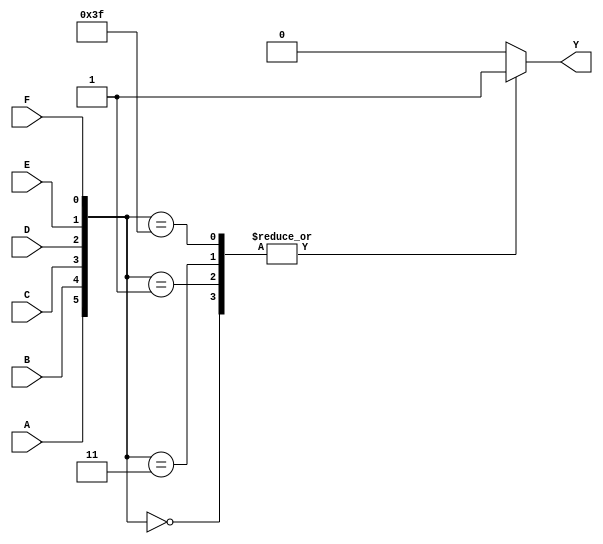
module kmap_6_variable (
    input wire A,      // Input variable A
    input wire B,      // Input variable B
    input wire C,      // Input variable C
    input wire D,      // Input variable D
    input wire E,      // Input variable E
    input wire F,      // Input variable F
    output reg Y       // Output for the simplified function
);

// Internal signal to determine which cell in the K-map is being accessed
reg [5:0] idx;

always @(*) begin
    // Calculate the index by concatenating the input variables
    idx = {A, B, C, D, E, F};

    // Initialize output to 0
    Y = 1'b0;

    // Define the K-map output based on specific minterms (1s) 
    case (idx)
        6'b000000: Y = 1; // minterm 0
        6'b000001: Y = 1; // minterm 1
        6'b000011: Y = 1; // minterm 3
        // ... (other minterms)
        6'b111111: Y = 1; // minterm 63
        default: Y = 1'b0; // Default case for unused minterms
    endcase
end

endmodule